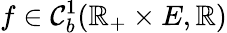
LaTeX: f\in\mathcal{C}_{b}^{1}(\mathbb{R}_{+}\times E,\mathbb{R})